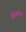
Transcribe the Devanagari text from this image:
कोजागरहा